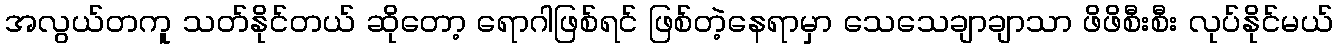
အလွယ်တကူ သတ်နိုင်တယ် ဆိုတော့ ရောဂါဖြစ်ရင် ဖြစ်တဲ့နေရာမှာ သေသေချာချာသာ ဖိဖိစီးစီး လုပ်နိုင်မယ်